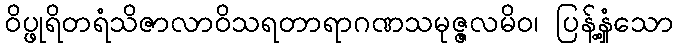
ဝိပ္ဖုရိတရံသိဇာလာဝိသရတာရာဂဏသမုဇ္ဇလမိဝ၊ ပြန့်နှံ့သော